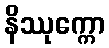
နိဿုက္ကော